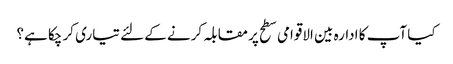
کیا آپ کا ادارہ بین الاقوامی سطح پر مقابلہ کرنے کے لئے تیاری کر چکا ہے؟